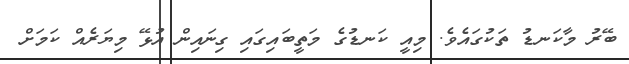
ބޭރު މާކަނޑު ތަކުގައެވެ. މިއީ ކަނޑުގެ މަތީބައިގައި ގިނައިން އުޅޭ މިޔަރެއް ކަމަށް